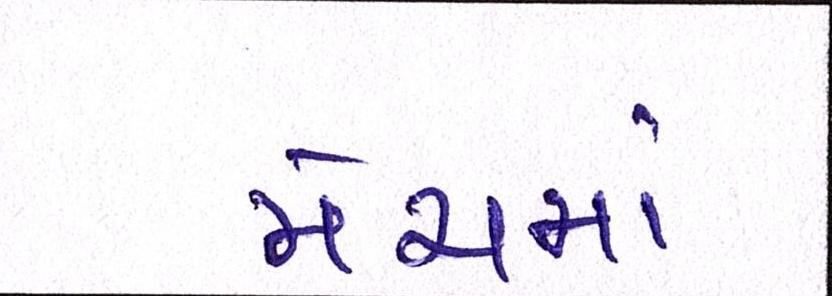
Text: મેચમાં